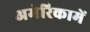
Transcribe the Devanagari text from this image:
अमेरिकामें